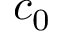
c _ { 0 }